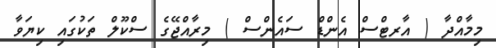
މިމާއްދާ ( އާރޓްސް އެންޑް ސައެންސް ) މިރާއްޖޭގެ ސްކޫލް ތަކުގައި ކިޔަވާ